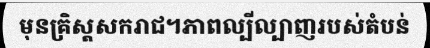
មុនគ្រិស្តសករាជ។ភាពល្បីល្បាញរបស់តំបន់